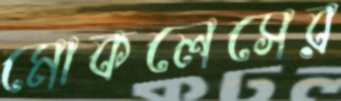
মোকলেসের